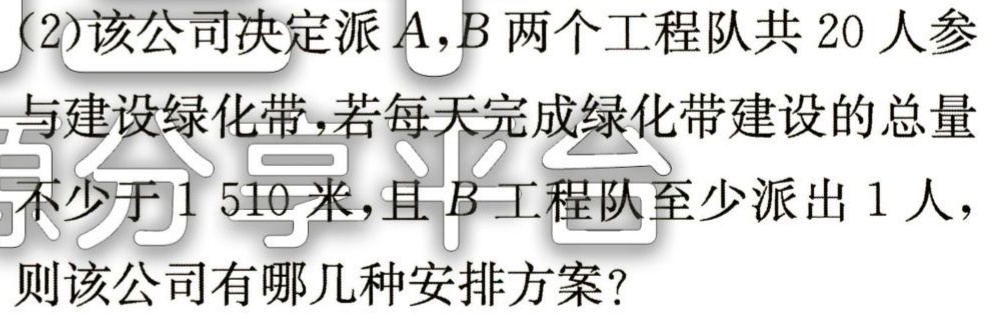
(2)该公司决定派$A,B$两个工程队共$20$人参

与建设绿化带，若每天完成绿化带建设的总量

不少于$1 510$米，且$B$工程队至少派出$1$人，

则该公司有哪几种安排方案？